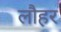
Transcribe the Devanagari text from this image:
लौहर